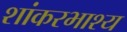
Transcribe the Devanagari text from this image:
शांकरभाश्य